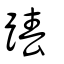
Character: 踳